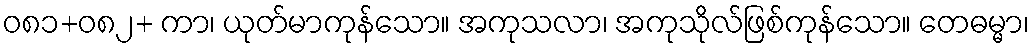
ဝ၈၁+၀၈၂+ ကာ၊ ယုတ်မာကုန်သော။ အကုသလာ၊ အကုသိုလ်ဖြစ်ကုန်သော။ တေဓမ္မာ၊